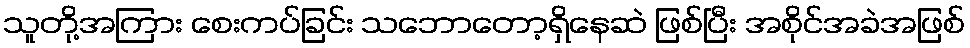
သူတို့အကြား စေးကပ်ခြင်း သဘောတော့ရှိနေဆဲ ဖြစ်ပြီး အစိုင်အခဲအဖြစ်